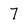
Character: 7